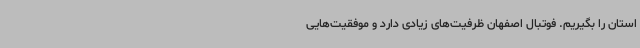
استان را بگیریم. فوتبال اصفهان ظرفیت‌های زیادی دارد و موفقیت‌هایی